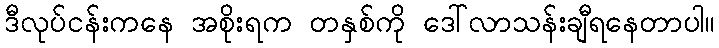
ဒီလုပ်ငန်းကနေ အစိုးရက တနှစ်ကို ဒေါ်လာသန်းချီရနေတာပါ။